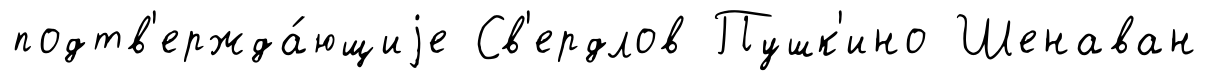
подтв'ержда́ющиjе Св'ердлов Пушк'ино Шенаван